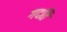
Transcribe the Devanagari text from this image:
गदति